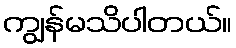
ကျွန်မသိပါတယ်။